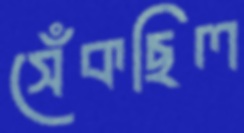
সেঁকছিল